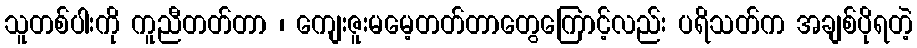
သူတစ်ပါးကို ကူညီတတ်တာ ၊ ကျေးဇူးမမေ့တတ်တာတွေကြောင့်လည်း ပရိသတ်က အချစ်ပိုရတဲ့